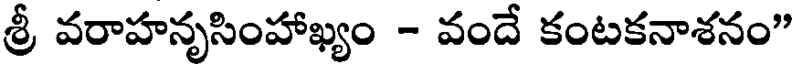
శ్రీ వరాహనృసింహాఖ్యం - వందే కంటకనాశనం"